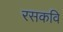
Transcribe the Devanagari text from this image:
रसकवि